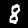
Label: 8